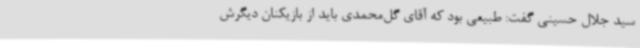
سید جلال حسینی گفت: طبیعی بود که آقای گل‌محمدی باید از بازیکنان دیگرش